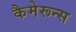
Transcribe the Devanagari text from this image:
कैमेरून्स